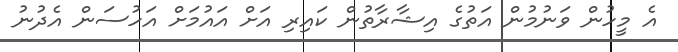
އެ މީހުން ވަނުމުން އަތުގެ އިޝާރާތުން ކައިރި އަށް އައުމަށް އަހުސަން އެދުނު